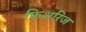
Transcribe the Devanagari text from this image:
फिशरिज